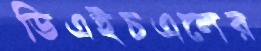
ডিএইচএলের